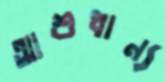
আশুধান্য